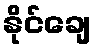
နိုင်ချေ